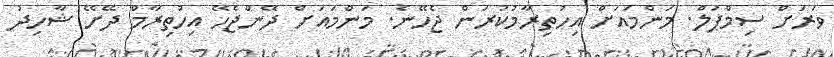
ވަރަށް ސިމްޕަލް. މަންމައަށް އިހުތިރާމުކުރަން ޖެހޭނެ. މަންމައަށް ދޭންޖެހޭ އިހުތިރާމް ދޭށޭ ޝާހިދު